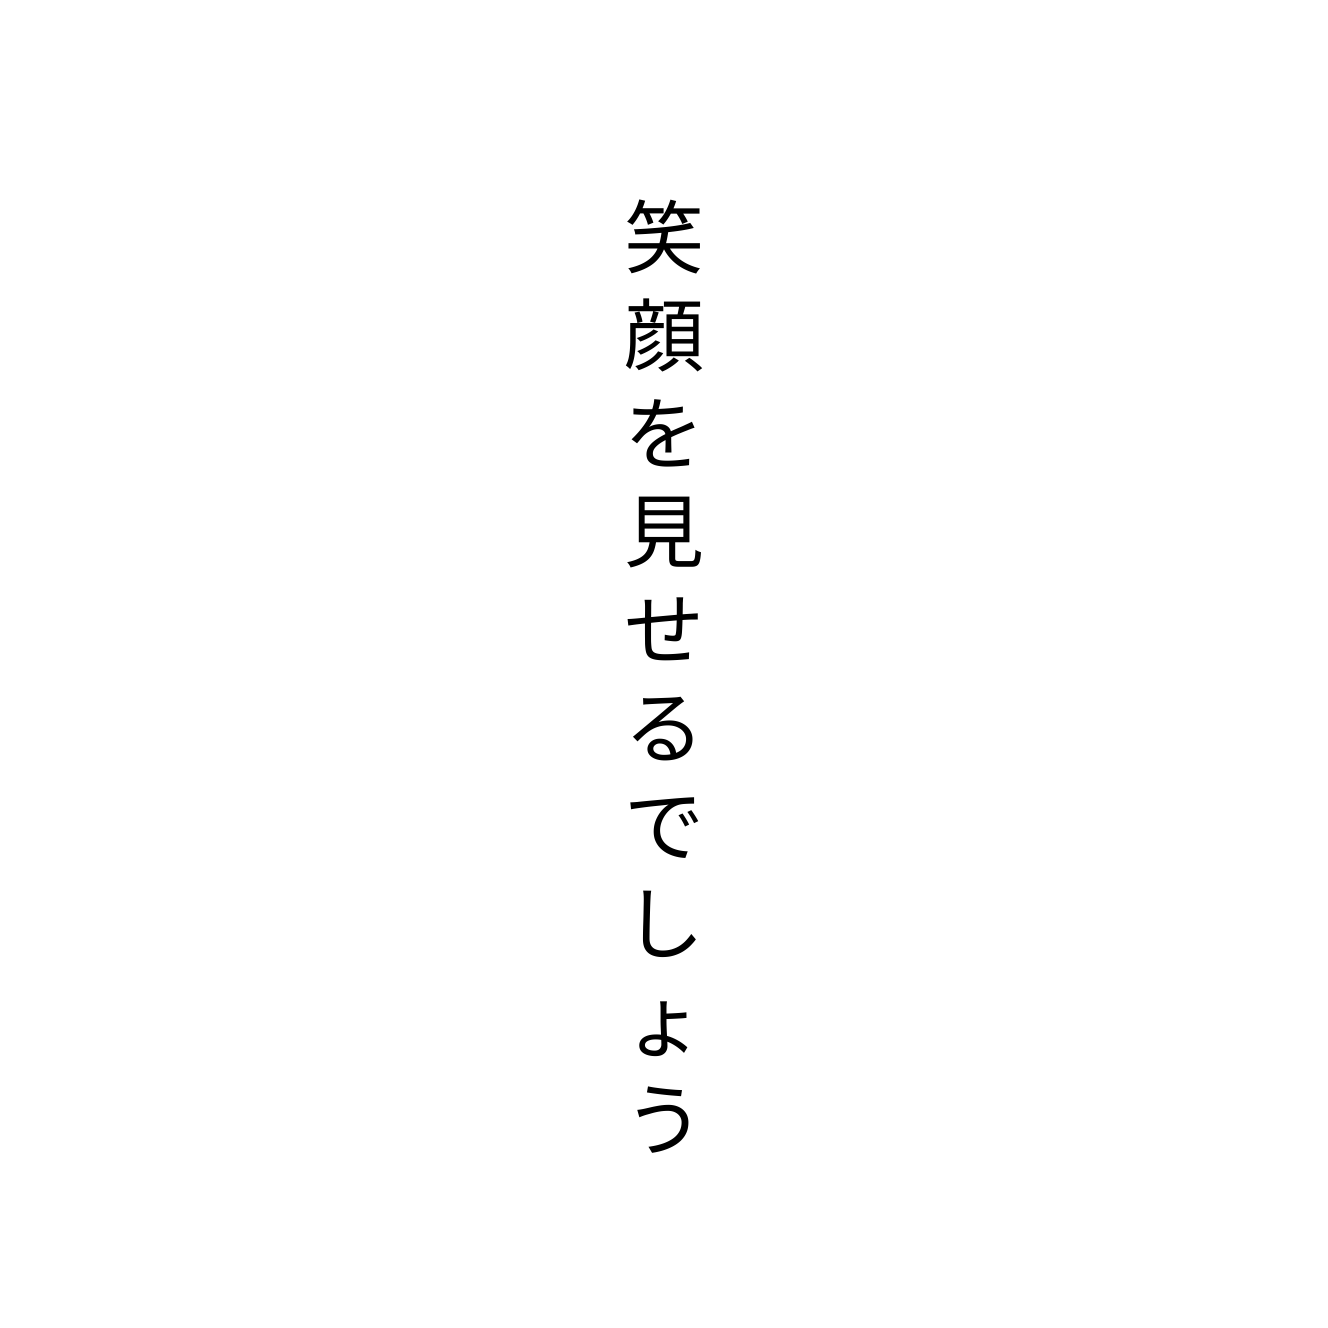
笑顔を見せるでしょう